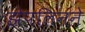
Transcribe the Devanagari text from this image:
झेपलिनने